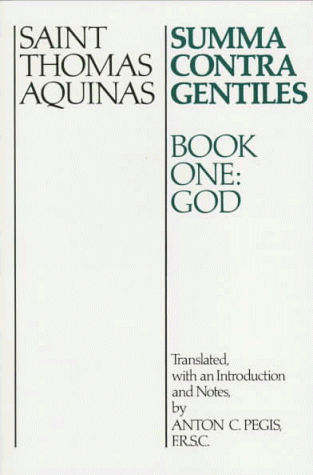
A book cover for Summa Contra Gentiles: Book One: God; Thomas Aquinas; Politics & Social Sciences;